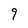
Character: 9